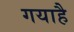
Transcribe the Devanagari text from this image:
गयाहै